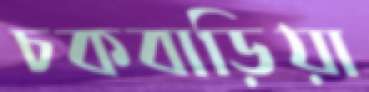
চকবাড়িয়া